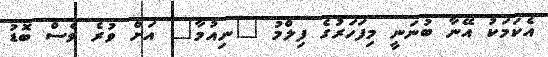
އެކަމަކު އޭނާ ބުނަނީ މިފަހަރުގެ ފިލްމު "ނިއުމާ" އަށް ވުރެ ވެސް ބޮޑު